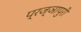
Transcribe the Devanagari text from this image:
प्रज्ञापुरी